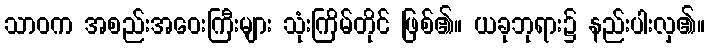
သာဝက အစည်းအဝေးကြီးများ သုံးကြိမ်တိုင် ဖြစ်၏။ ယခုဘုရား၌ နည်းပါးလှ၏။